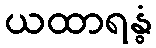
ယထာရန္ဓံ